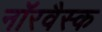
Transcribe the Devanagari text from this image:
नॉरवैस्क